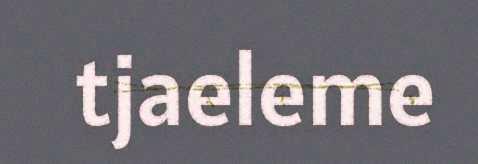
tjaeleme